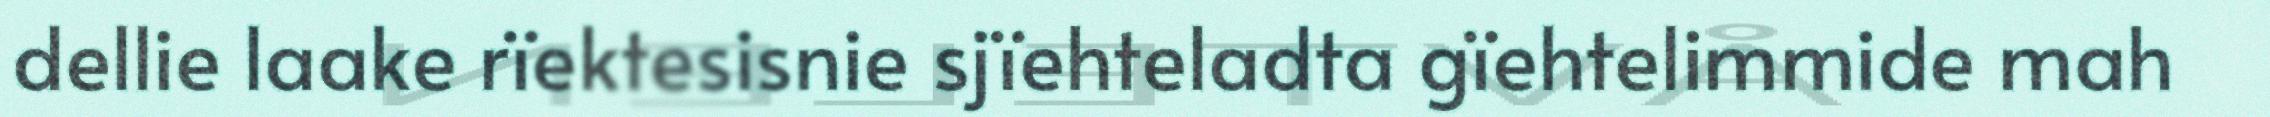
dellie laake rïektesisnie sjïehteladta gïehtelimmide mah